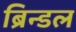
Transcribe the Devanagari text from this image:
ब्रिन्डल